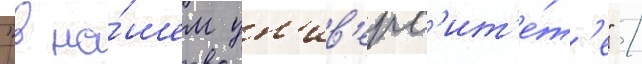
"в на́шем ун'ив'ерс'ит'е́т'е" /